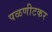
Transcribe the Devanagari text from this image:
पळणीटकर